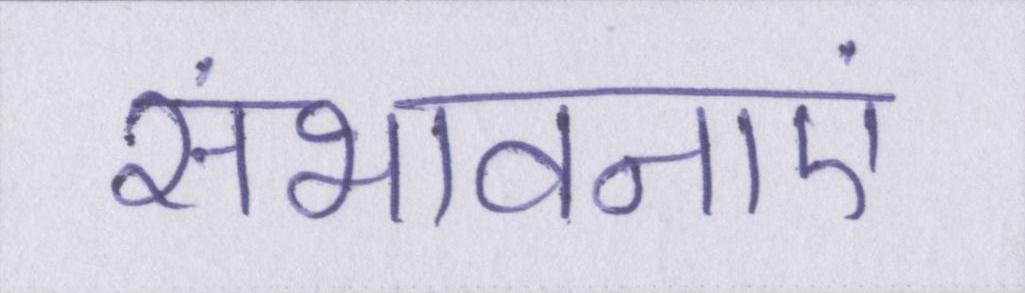
संभावनाएं